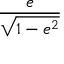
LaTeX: \frac { e } { \sqrt { 1 - e ^ { 2 } } }